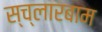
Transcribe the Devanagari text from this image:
स्च्लारबाम